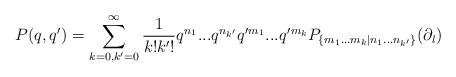
LaTeX: \begin{align*}P(q,q')=\sum \limits_{k=0,k'=0}^{\infty} \frac{1}{k!k'!}q^{n_1}...q^{n_{k'}} q'{}^{m_1}...q'{}^{m_{k}} P_{\{m_1...m_k |n_1...n_{k'}\}} (\partial_l)\end{align*}